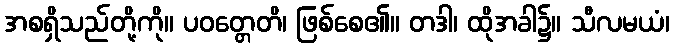
အစရှိသည်တို့ကို။ ပဝတ္တေတိ၊ ဖြစ်စေ၏။ တဒါ၊ ထိုအခါ၌။ သီလမယံ၊